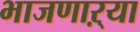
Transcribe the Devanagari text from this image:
भाजणाऱ्या